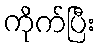
ကိုက်ပြီး